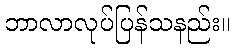
ဘာလာလုပ်ပြန်သနည်း။